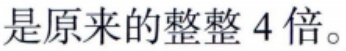
是原来的整整 4 倍。